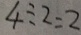
4 \div 2 = 2